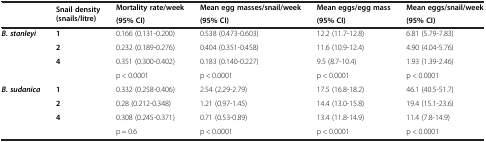
<table><thead><tr><td rowspan="2"></td><td rowspan="2"><b>Snail density (snails/litre)</b></td><td><b>Mortality rate/week</b></td><td><b>Mean egg masses/snail/week</b></td><td><b>Mean eggs/egg mass</b></td><td><b>Mean eggs/snail/week</b></td></tr><tr><td><b>(95% CI)</b></td><td><b>(95% CI)</b></td><td><b>(95% CI)</b></td><td><b>(95% CI)</b></td></tr></thead><tbody><tr><td><b><i>B. stanleyi</i></b></td><td><b>1</b></td><td>0.166 (0.131-0.200)</td><td>0.538 (0.473-0.603)</td><td>12.2 (11.7-12.8)</td><td>6.81 (5.79-7.83)</td></tr><tr><td></td><td><b>2</b></td><td>0.232 (0.189-0.276)</td><td>0.404 (0.351-0.458)</td><td>11.6 (10.9-12.4)</td><td>4.90 (4.04-5.76)</td></tr><tr><td></td><td><b>4</b></td><td>0.351 (0.300-0.402)</td><td>0.183 (0.140-0.227)</td><td>9.5 (8.7-10.4)</td><td>1.93 (1.39-2.46)</td></tr><tr><td></td><td></td><td>p &lt; 0.0001</td><td>p &lt; 0.0001</td><td>p &lt; 0.0001</td><td>p &lt; 0.0001</td></tr><tr><td><b><i>B. sudanica</i></b></td><td><b>1</b></td><td>0.332 (0.258-0.406)</td><td>2.54 (2.29-2.79)</td><td>17.5 (16.8-18.2)</td><td>46.1 (40.5-51.7)</td></tr><tr><td></td><td><b>2</b></td><td>0.28 (0.212-0.348)</td><td>1.21 (0.97-1.45)</td><td>14.4 (13.0-15.8)</td><td>19.4 (15.1-23.6)</td></tr><tr><td></td><td><b>4</b></td><td>0.308 (0.245-0.371)</td><td>0.71 (0.53-0.89)</td><td>13.4 (11.8-14.9)</td><td>11.4 (7.8-14.9)</td></tr><tr><td></td><td></td><td>p = 0.6</td><td>p &lt; 0.0001</td><td>p &lt; 0.0001</td><td>p &lt; 0.0001</td></tr></tbody></table>